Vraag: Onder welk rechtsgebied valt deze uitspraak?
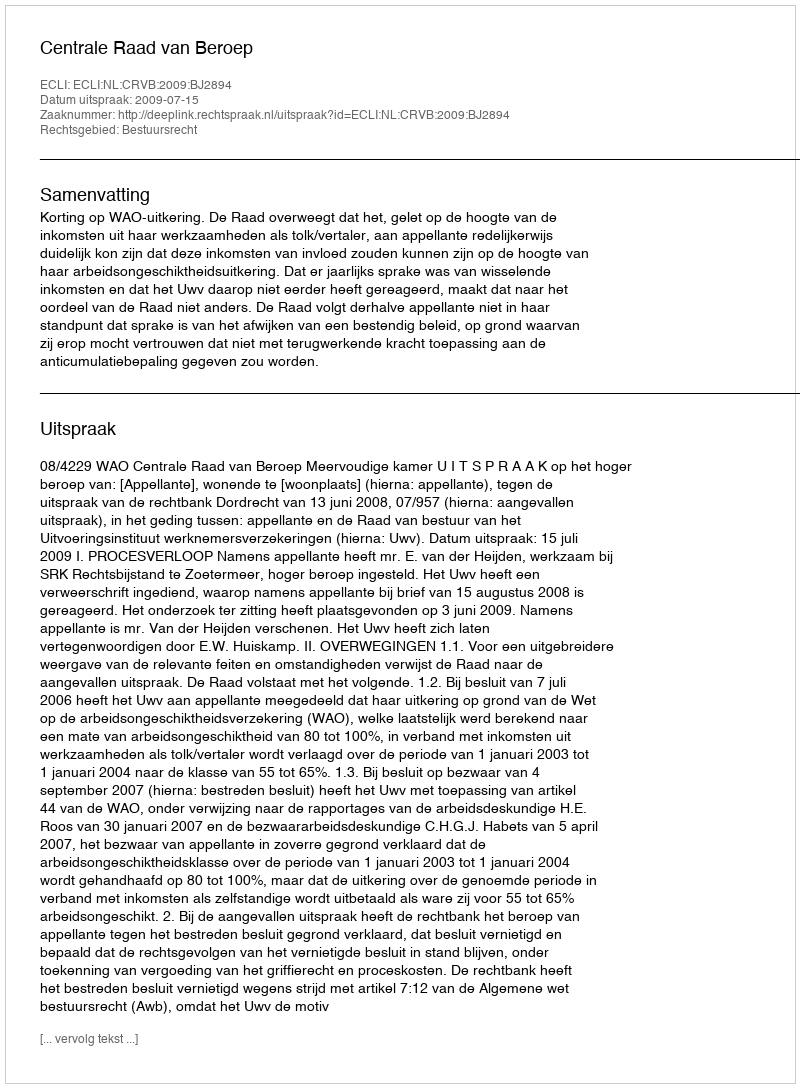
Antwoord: Bestuursrecht